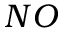
N O